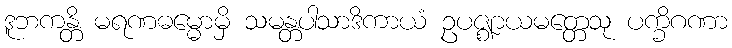
ဒူဘကန္တိ မရဏဓမ္မောမှိ သမန္တပါသာဒိကာယံ ဥပဇ္ဈာယမတ္တေသု ပက္ခိဂဏာ